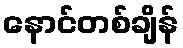
နောင်တစ်ချိန်